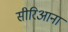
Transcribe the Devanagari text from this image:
सीरिआना